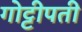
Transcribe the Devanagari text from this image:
गोट्टीपती